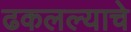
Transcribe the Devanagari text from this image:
ढकलल्याचे